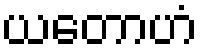
ယတောဟံ